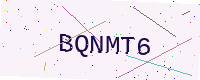
Text: BQNMT6